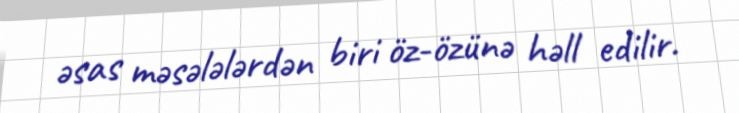
əsas məsələlərdən biri öz-özünə həll edilir.